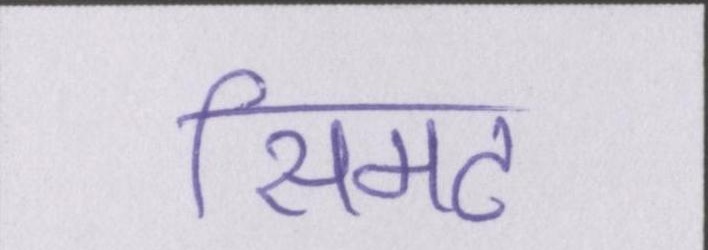
सिमट